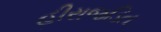
હીરાજડિત